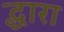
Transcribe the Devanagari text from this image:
द्धारा